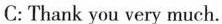
C: Thank you very much.